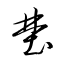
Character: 埜